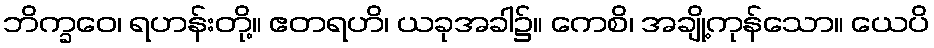
ဘိက္ခဝေ၊ ရဟန်းတို့။ ဧတရဟိ၊ ယခုအခါ၌။ ကေစိ၊ အချို့ကုန်သော။ ယေပိ